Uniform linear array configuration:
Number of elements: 24
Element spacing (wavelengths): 0.5
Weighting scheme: blackman
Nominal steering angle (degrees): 30
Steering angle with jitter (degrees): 29.688
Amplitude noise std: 0.05
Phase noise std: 0.05

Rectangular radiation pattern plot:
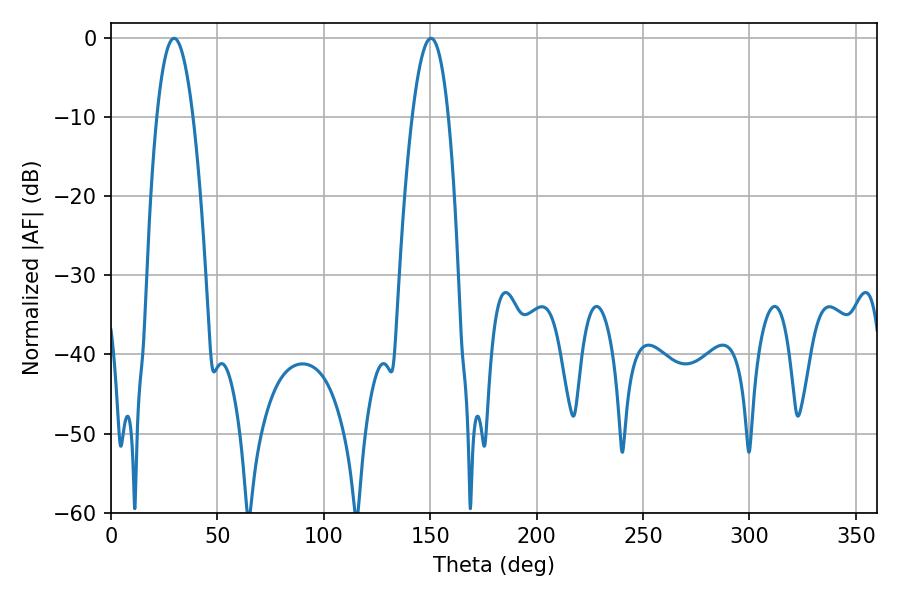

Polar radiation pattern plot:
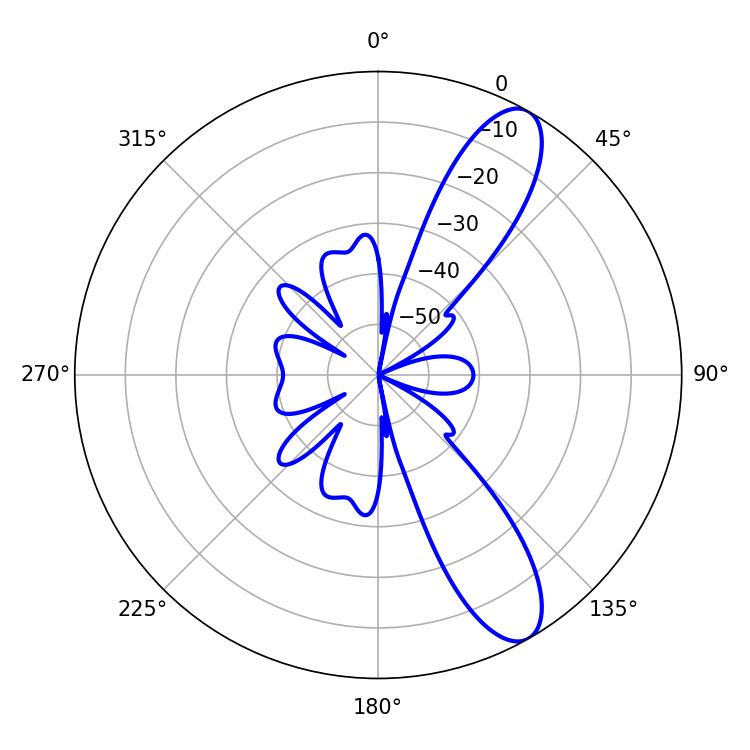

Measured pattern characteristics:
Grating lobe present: FALSE
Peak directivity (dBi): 10.602
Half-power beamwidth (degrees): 9.36
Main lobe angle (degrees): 29.7